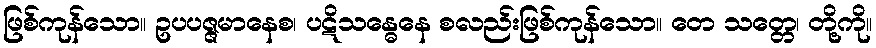
ဖြစ်ကုန်သော။ ဥပပဇ္ဇမာနေစ၊ ပဋိသန္ဓေနေ စလည်းဖြစ်ကုန်သော။ တေ သတ္တေ၊ တို့ကို။